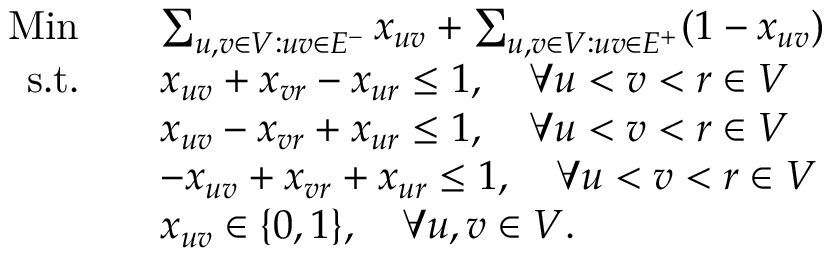
\begin{array} { r l } { \mathrm { M i n } \quad } & { \sum _ { u , v \in V : u v \in E ^ { - } } x _ { u v } + \sum _ { u , v \in V : u v \in E ^ { + } } ( 1 - x _ { u v } ) } \\ { \mathrm { s . t . } \quad } & { x _ { u v } + x _ { v r } - x _ { u r } \leq 1 , \quad \forall u < v < r \in V } \\ & { x _ { u v } - x _ { v r } + x _ { u r } \leq 1 , \quad \forall u < v < r \in V } \\ & { - x _ { u v } + x _ { v r } + x _ { u r } \leq 1 , \quad \forall u < v < r \in V } \\ & { x _ { u v } \in \{ 0 , 1 \} , \quad \forall u , v \in V . } \end{array}